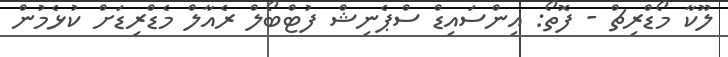
ލޫކާ މޯޑްރިޗް - ފޮތޯ: އިންސައިޑް ސްޕެނިޝް ފުޓްބޯލް ރެއާލް މެޑްރިޑަށް ކުޅެމުން